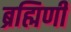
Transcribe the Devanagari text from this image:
ब्रह्मिणी